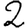
Digit: 2